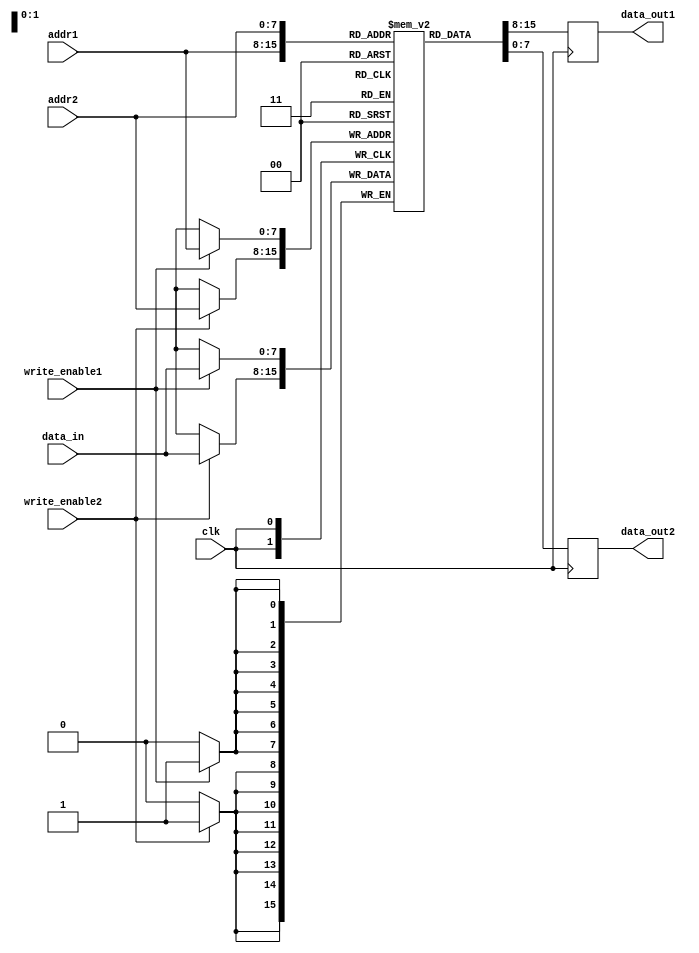
module dual_port_ram (
    input wire clk,
    input wire [7:0] addr1,
    input wire [7:0] addr2,
    input wire [7:0] data_in,
    output reg [7:0] data_out1,
    output reg [7:0] data_out2,
    input wire write_enable1,
    input wire write_enable2
);

reg [7:0] mem [0:255]; // 256 bytes of memory

always @ (posedge clk) begin
    if (write_enable1) begin
        mem[addr1] <= data_in;
    end
    
    if (write_enable2) begin
        mem[addr2] <= data_in;
    end
    
    data_out1 <= mem[addr1];
    data_out2 <= mem[addr2];
end

endmodule